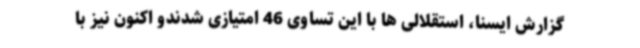
گزارش ایسنا، استقلالی ها با این تساوی 46 امتیازی شدندو اکنون نیز با